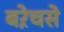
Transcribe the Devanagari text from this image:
बऱेचसे